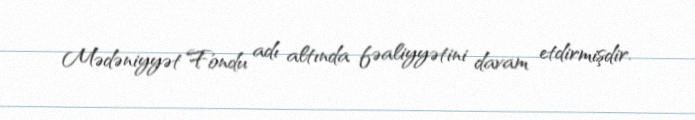
Mədəniyyət Fondu adı altında fəaliyyətini davam etdirmişdir.